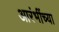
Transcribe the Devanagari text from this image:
आरंभींच्या